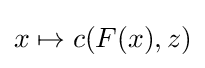
x\mapsto c(F(x),z)